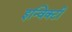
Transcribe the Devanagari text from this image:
इन्विक्टी